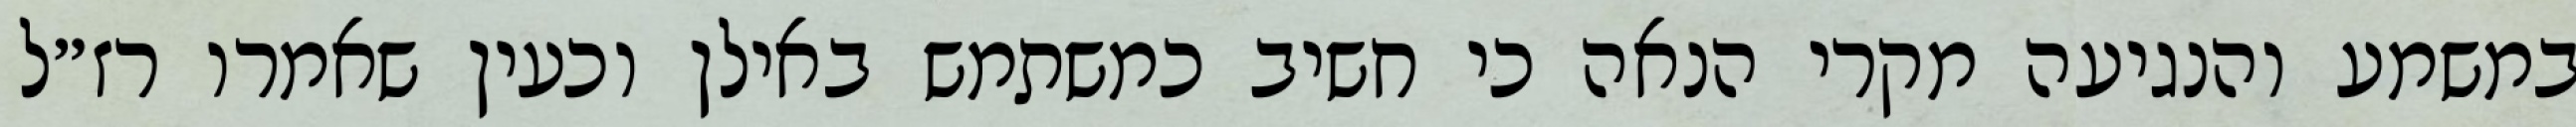
במשמע והנגיעה מקרי הנאה כי חשיב כמשתמש באילן וכעין שאמרו רז״ל